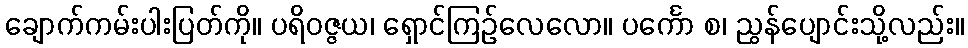
ချောက်ကမ်းပါးပြတ်ကို။ ပရိဝဇ္ဇယ၊ ရှောင်ကြဉ်လေလော။ ပင်္ကော စ၊ ညွန်ပျောင်းသို့လည်း။